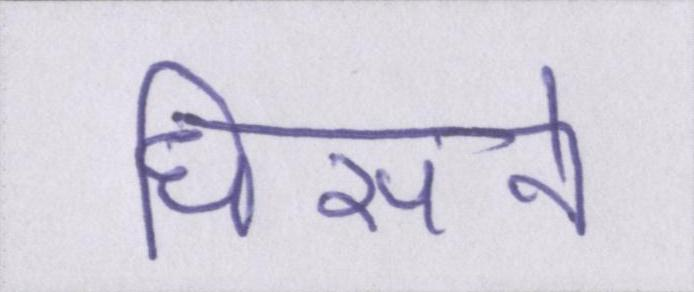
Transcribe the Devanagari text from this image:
धिसने